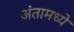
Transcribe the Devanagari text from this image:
अंतामध्ये